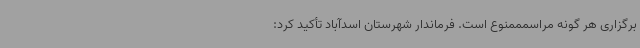
برگزاری هر گونه مراسمممنوع است. فرماندار شهرستان اسدآباد تأکید کرد: